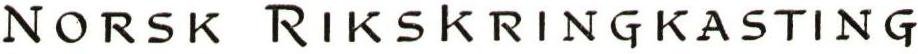
NORSK RIKSKRINGKASTING